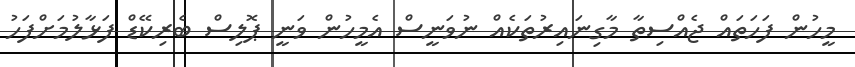
މީހުން ފަހަތައް ޖެއްސިތާ މާގިނައިރުތަކެއް ނުވަނީސް އެމީހުން ވަނީ ޕޮލިސް ބެރިކޭޑް ފަޅާލުމަށްފަހު